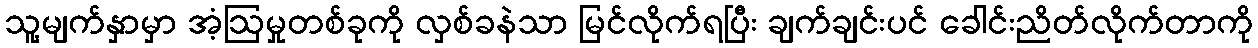
သူ့မျက်နှာမှာ အံ့ဩမှုတစ်ခုကို လှစ်ခနဲသာ မြင်လိုက်ရပြီး ချက်ချင်းပင် ခေါင်းညိတ်လိုက်တာကို